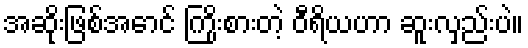
အဆိုးဖြစ်အောင် ကြိုးစားတဲ့ ဝီရိယဟာ ဆူးလှည်းပဲ။